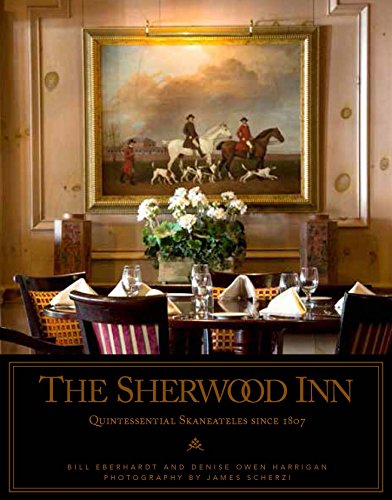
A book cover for The Sherwood Inn: The Cornerstone of Skaneateles Since 1807; Bill Eberhardt; Travel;